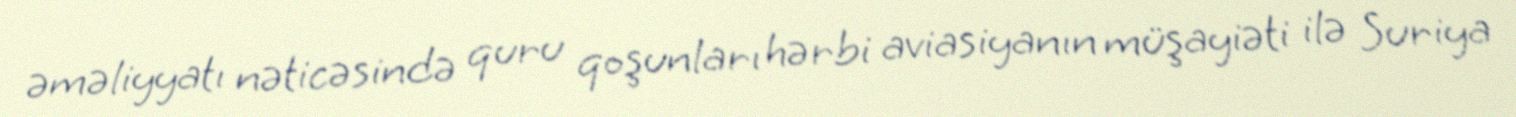
əməliyyatı nəticəsində quru qoşunları hərbi aviasiyanın müşayiəti ilə Suriya